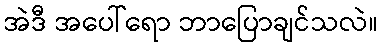
အဲဒီ အပေါ်ရော ဘာပြောချင်သလဲ။